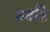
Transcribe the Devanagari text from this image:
स्वप्नि